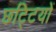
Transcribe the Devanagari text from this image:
छट्टियों